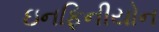
ઇનફિનીયોન